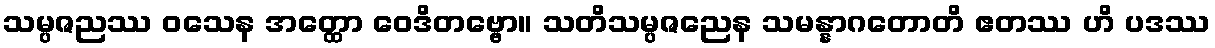
သမ္ပဇညဿ ဝသေန အတ္ထော ဝေဒိတဗ္ဗော။ သတိသမ္ပဇညေန သမန္နာဂတောတိ ဧတဿ ဟိ ပဒဿ